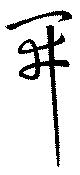
開